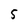
Character: 5